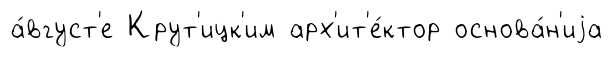
а́вгуст'е Крут'ицк'им арх'ит'е́ктор основа́н'иjа